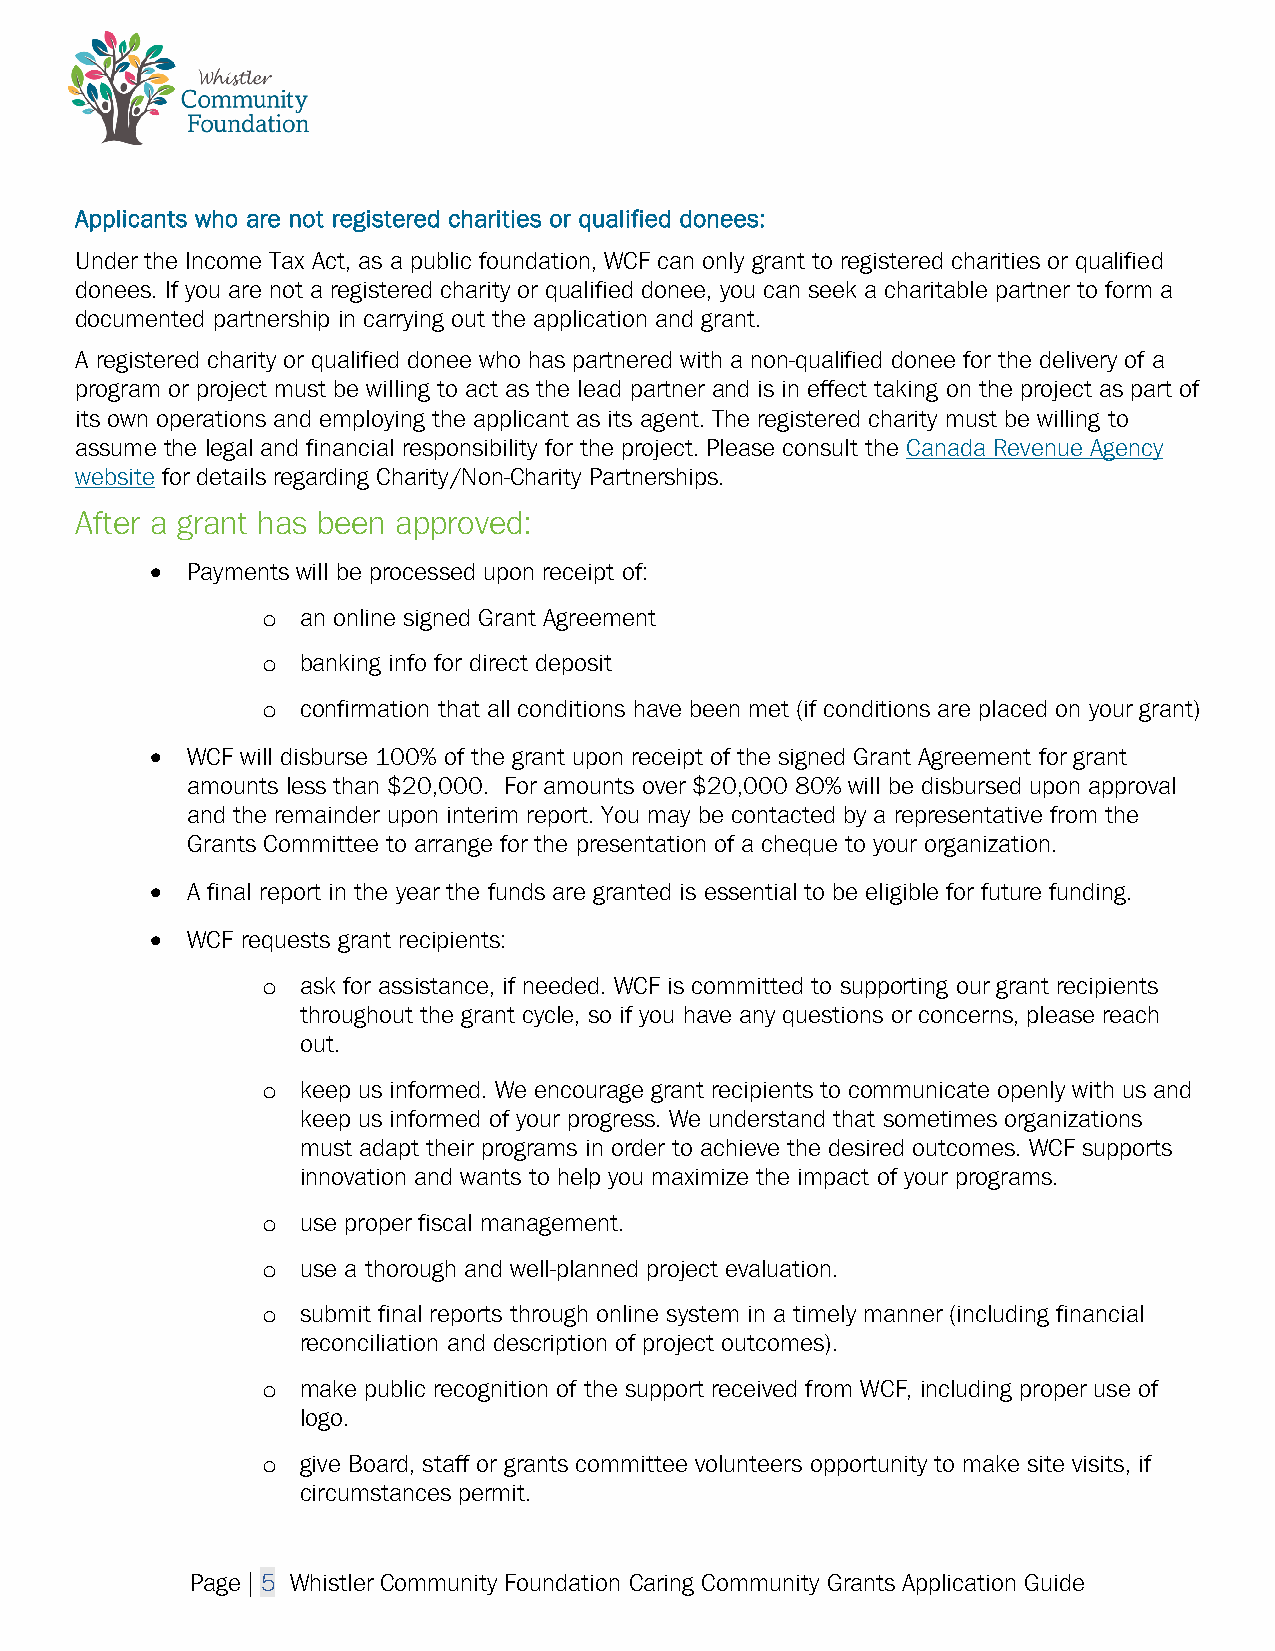
Applicants who are not registered charities or qualified donees:
 Under the Income Tax Act, as a public foundation, WCF can only grant to registered charities or qualified
 donees. If you are not a registered charity or qualified donee, you can seek a charitable partner to form a
 documented partnership in carrying out the application and grant.
 A registered charity or qualified donee who has partnered with a non-qualified donee for the delivery of a
 program or project must be willing to act as the lead partner and is in effect taking on the project as part of
 its own operations and employing the applicant as its agent. The registered charity must be willing to
 assume the legal and financial responsibility for the project. Please consult the Canada Revenue Agency
 website for details regarding Charity/Non-Charity Partnerships.
 After a grant has been approved:
 • Payments will be processed upon receipt of:
 an online signed Grant Agreement
 o
 banking info for direct deposit
 o
 confirmation that all conditions have been met (if conditions are placed on your grant)
 o
 • WCF will disburse 100% of the grant upon receipt of the signed Grant Agreement for grant
 amounts less than $20,000. For amounts over $20,000 80% will be disbursed upon approval
 and the remainder upon interim report. You may be contacted by a representative from the
 Grants Committee to arrange for the presentation of a cheque to your organization.
 • A final report in the year the funds are granted is essential to be eligible for future funding.
 • WCF requests grant recipients:
 ask for assistance, if needed. WCF is committed to supporting our grant recipients
 o
 throughout the grant cycle, so if you have any questions or concerns, please reach
 out.
 keep us informed. We encourage grant recipients to communicate openly with us and
 o
 keep us informed of your progress. We understand that sometimes organizations
 must adapt their programs in order to achieve the desired outcomes. WCF supports
 innovation and wants to help you maximize the impact of your programs.
 use proper fiscal management.
 o
 use a thorough and well-planned project evaluation.
 o
 submit final reports through online system in a timely manner (including financial
 o
 reconciliation and description of project outcomes).
 make public recognition of the support received from WCF, including proper use of
 o
 logo.
 give Board, staff or grants committee volunteers opportunity to make site visits, if
 o
 circumstances permit.
 Page | 5 Whistler Community Foundation Caring Community Grants Application Guide